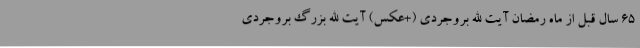
65 سال قبل از ماه رمضان آیت الله بروجردی (+عکس) آیت الله بزرگ بروجردی